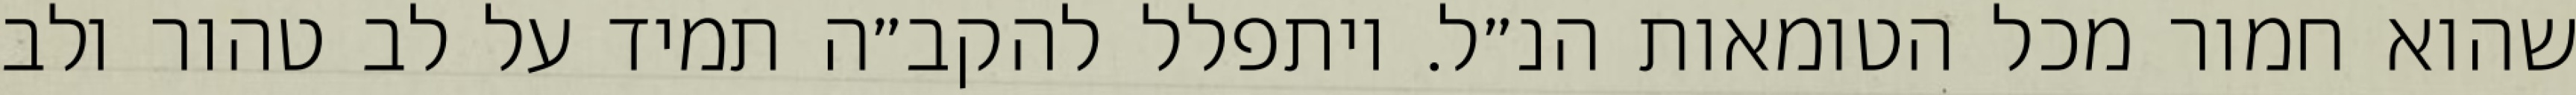
שהוא חמור מכל הטומאות הנ״ל. ויתפלל להקב״ה תמיד על לב טהור ולב